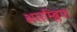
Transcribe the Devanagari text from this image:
असम्ब्लिया